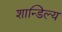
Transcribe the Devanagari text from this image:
शान्डिल्य